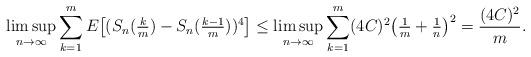
LaTeX: \begin{align*} &\limsup \limits_{n \to \infty}\sum \limits_{k = 1}^m E\big [( S_n (\tfrac{k}{m} ) - S_n (\tfrac{k - 1}{m} ))^4\big] \le \limsup \limits_{n \to \infty}\sum \limits_{k = 1}^m (4C)^2\big (\tfrac{1}{m} + \tfrac{1}{n}\big)^2 = \frac{(4C)^2}{m} . \end{align*}